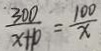
\frac { 3 0 0 } { x + P } = \frac { 1 0 0 } { x }